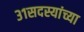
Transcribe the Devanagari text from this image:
३१सदस्यांच्या